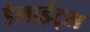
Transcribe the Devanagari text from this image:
डेलाईट्स